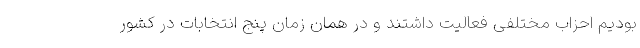
بودیم احزاب مختلفی فعالیت داشتند و در همان زمان پنج انتخابات در کشور